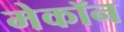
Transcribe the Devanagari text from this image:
मेकॉन